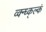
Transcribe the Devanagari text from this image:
व्क्न्ध्क्ल्कं